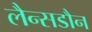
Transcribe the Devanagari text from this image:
लैन्सडौन